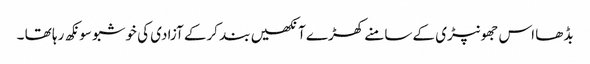
بڈھا اس جھونپڑی کے سامنے کھڑے آنکھیں بند کرکے آزادی کی خوشبو سونکھ رہا تھا ۔